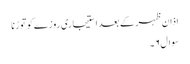
اذان ظہر کے بعد استیجاری روزےکو توڑنا
سوال۶۔